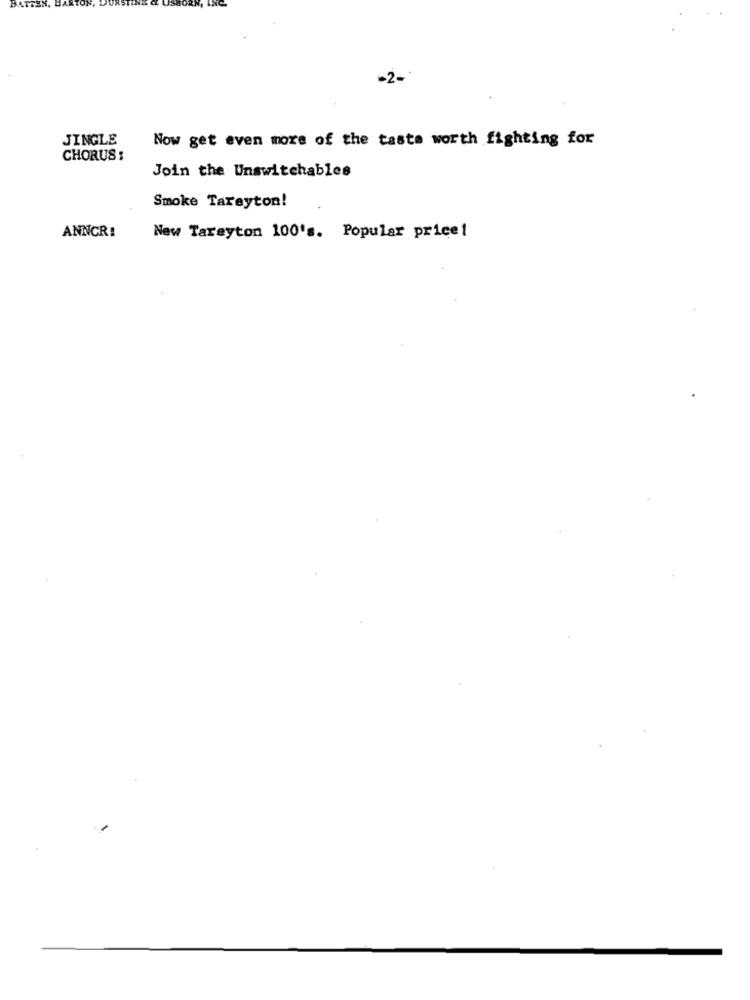
-2-
JINGLE
Now get even more of the taste worth fighting for
CHORUS :
Join the Unswitchables
Smoke Tarayton!
ANNCR!
New Tareyton 100's. Popular price1